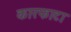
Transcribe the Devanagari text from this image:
कारफाटा